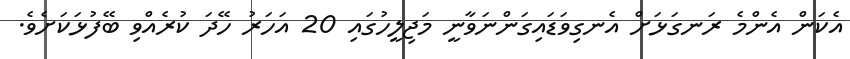
އެކަން އެންމެ ރަނގަޅަށް އެނގިވަޑައިގަންނަވާނީ މަޖިލީހުގައި 20 އަހަރު ހޭދަ ކުރެއްވި ބޭފުޅަކަށެވެ.